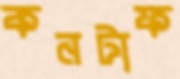
কনটাফ